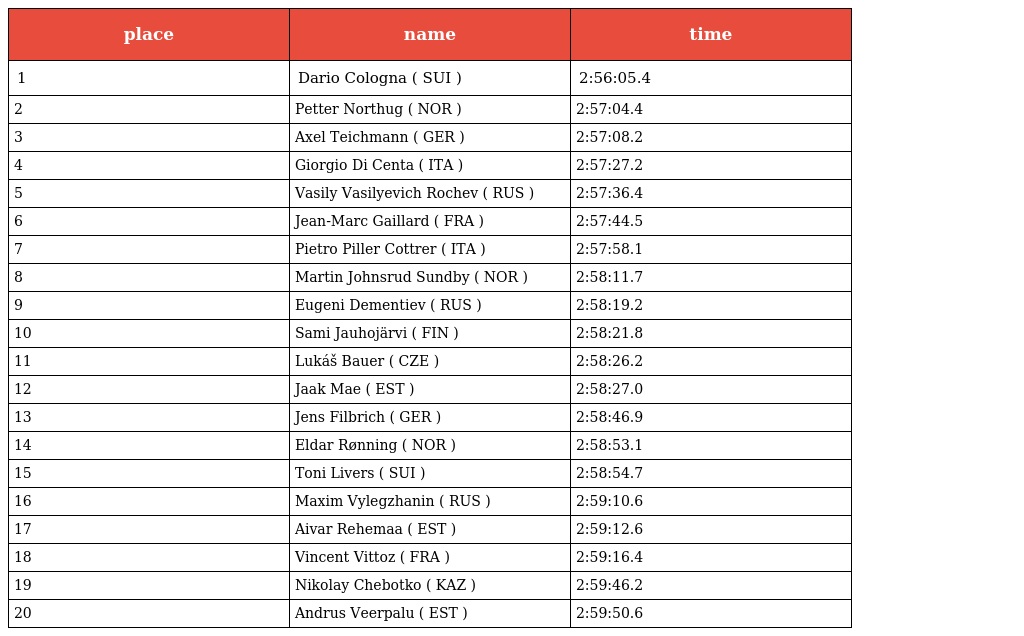
| place | name | time |
 | --- | --- | --- |
 | 1 | Dario Cologna ( SUI ) | 2:56:05.4 |
 | 2 | Petter Northug ( NOR ) | 2:57:04.4 |
 | 3 | Axel Teichmann ( GER ) | 2:57:08.2 |
 | 4 | Giorgio Di Centa ( ITA ) | 2:57:27.2 |
 | 5 | Vasily Vasilyevich Rochev ( RUS ) | 2:57:36.4 |
 | 6 | Jean-Marc Gaillard ( FRA ) | 2:57:44.5 |
 | 7 | Pietro Piller Cottrer ( ITA ) | 2:57:58.1 |
 | 8 | Martin Johnsrud Sundby ( NOR ) | 2:58:11.7 |
 | 9 | Eugeni Dementiev ( RUS ) | 2:58:19.2 |
 | 10 | Sami Jauhojärvi ( FIN ) | 2:58:21.8 |
 | 11 | Lukáš Bauer ( CZE ) | 2:58:26.2 |
 | 12 | Jaak Mae ( EST ) | 2:58:27.0 |
 | 13 | Jens Filbrich ( GER ) | 2:58:46.9 |
 | 14 | Eldar Rønning ( NOR ) | 2:58:53.1 |
 | 15 | Toni Livers ( SUI ) | 2:58:54.7 |
 | 16 | Maxim Vylegzhanin ( RUS ) | 2:59:10.6 |
 | 17 | Aivar Rehemaa ( EST ) | 2:59:12.6 |
 | 18 | Vincent Vittoz ( FRA ) | 2:59:16.4 |
 | 19 | Nikolay Chebotko ( KAZ ) | 2:59:46.2 |
 | 20 | Andrus Veerpalu ( EST ) | 2:59:50.6 |